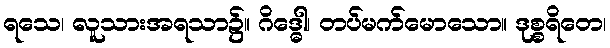
ရသေ၊ လူသားအရသာ၌။ ဂိဒ္ဓေါ၊ တပ်မက်မောသော။ ဒုစ္စရိတေ၊